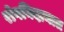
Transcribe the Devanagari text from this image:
रोगनिदानात